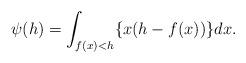
LaTeX: \begin{align*} \begin{aligned} \psi(h)=\int_{f(x)<h}\{x(h-f(x))\}dx. \end{aligned} \end{align*}